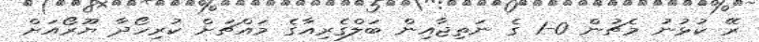
ރޭ ކުޅުނު މެޗުން 0-1 ގެ ނަތިޖާއިން ބަލްގެރިއާގެ މައްޗަށް ކުރިހޯދާ ޔޫރޯއަށް